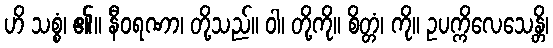
ဟိ သစ္စံ၊ ၏။ နီဝရဏာ၊ တို့သည်။ ဝါ၊ တို့ကို။ စိတ္တံ၊ ကို။ ဥပက္ကိလေသေန္တိ၊